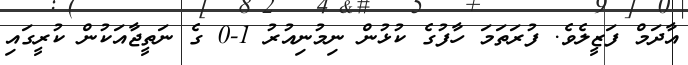
އާދަމް ފަޒީލެވެ. ފުރަތަމަ ހާފުގެ ކުޅުން ނިމުނިއުރު 1-0 ގެ ނަތީޖާއަކުން ކުރީގައި